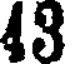
43